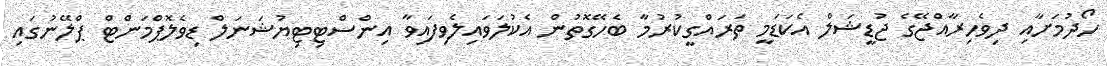
ހޯދުމަށާއި ދިވެހިރާއްޖޭގެ ޖުޑީޝަލް އެކަޑަމީ ތަރައްގީކުރުމާ ބެހޭގޮތުން އެކުލަވައިލެވިފައިވާ އިންސްޓިޓިޔުޝަނަލް ޑިވެލޮޕްމަންޓް ޕްލޭނުގައި